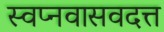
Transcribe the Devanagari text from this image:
स्वप्नवासवदत्त